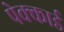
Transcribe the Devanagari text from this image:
पेक्कार्ड